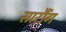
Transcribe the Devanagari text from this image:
सारौंग